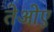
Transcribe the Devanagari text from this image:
तेओए